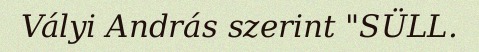
Vályi András szerint "SÜLL.